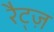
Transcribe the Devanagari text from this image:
रैट्ज़